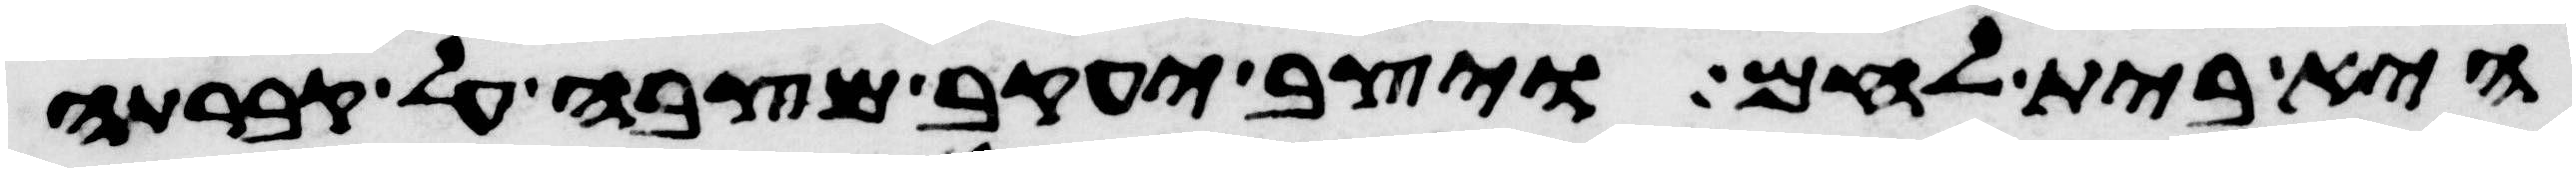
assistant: היא בית לחם ויצב יעקב מצבה על קברתה